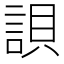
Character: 𧧾